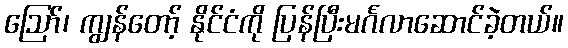
ဪ၊ ကျွန်တော့် နိုင်ငံကို ပြန်ပြီးမင်္ဂလာဆောင်ခဲ့တယ်။